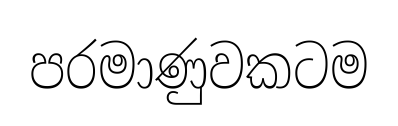
පරමාණුවකටම